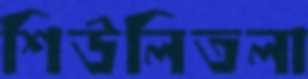
শিউলিতলা